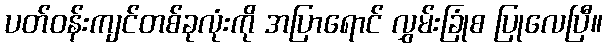
ပတ်ဝန်းကျင်တစ်ခုလုံးကို အပြာရောင် လွှမ်းခြုံစ ပြုလေပြီ။